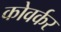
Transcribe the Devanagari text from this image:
कोवर्कर